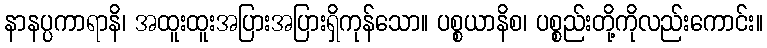
နာနပ္ပကာရာနိ၊ အထူးထူးအပြားအပြားရှိကုန်သော။ ပစ္စယာနိစ၊ ပစ္စည်းတို့ကိုလည်းကောင်း။